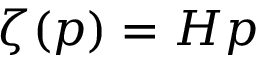
\zeta ( p ) = H p